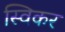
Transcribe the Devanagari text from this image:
स्विकर